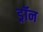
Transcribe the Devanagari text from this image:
ड्रॉन